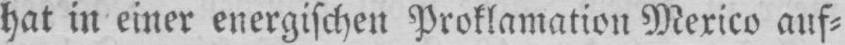
hat in einer energischen Proklamation Mexico auf⸗